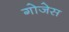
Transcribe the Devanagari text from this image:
गोजेस